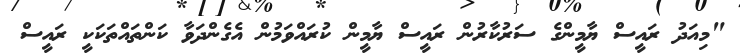
"މިއަދު ރައީސް ޔާމީންގެ ސަރުކާރުން ރައީސް ޔާމީން ކުރައްވަމުން އެގެންދަވާ ކަންތައްތަކަކީ ރައީސް